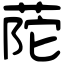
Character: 𦱆